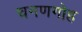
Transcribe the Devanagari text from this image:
चनणगोह